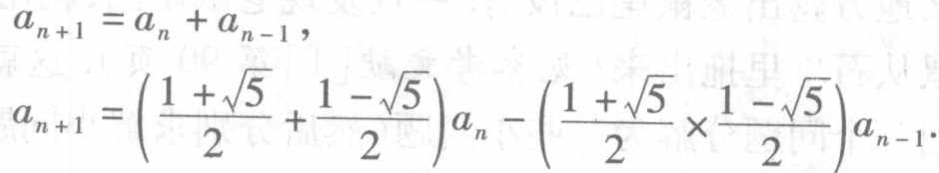
\[
a_{n + 1} = a_{n} + a_{n - 1},
\]
\[
a_{n + 1} = \left(\frac{1 + \sqrt{5}}{2} + \frac{1 - \sqrt{5}}{2}\right)a_{n} - \left(\frac{1 + \sqrt{5}}{2} \times \frac{1 - \sqrt{5}}{2}\right)a_{n - 1}.
\]